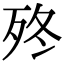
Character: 𣧩